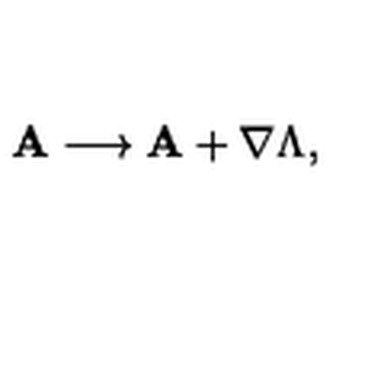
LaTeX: { \bf A } \longrightarrow { \bf A } + \mathrm { \boldmath \nabla } \Lambda ,